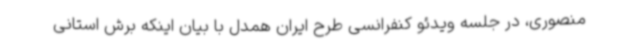
منصوری، در جلسه ویدئو کنفرانسی طرح ایران همدل با بیان اینکه برش استانی